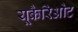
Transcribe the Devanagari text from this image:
यूकैरिओट